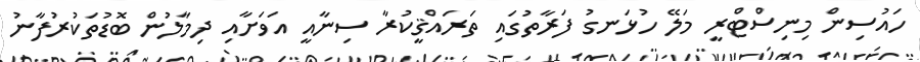
ހައުސިން މިނިސްޓްރީ މަލޭ ހުޅަނގު ފަރާތުގައި ތަރައްޤީކުރާ ސިނާއީ އަވަށާއި ދިމާލުން ބޮޑުތަކުރުފާނު